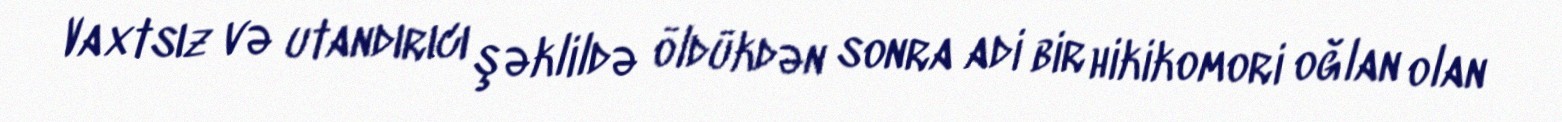
Vaxtsız və utandırıcı şəklildə öldükdən sonra adi bir hikikomori oğlan olan